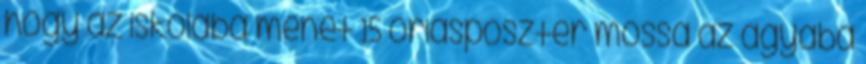
hogy az iskolába menet 15 óriásposzter mossa az agyába